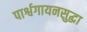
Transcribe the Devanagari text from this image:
पार्श्वगायनसुद्धा